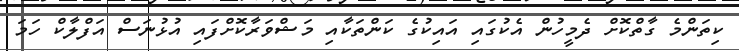
ކިތަންމެ ގާތްކޮށް ދެމީހުން އެކުގައި އައިކުގެ ކަންތަކާއި މަޝްވަރާކޮށްފައި އުޅުނަސް އަފްލާކް ހަމަ